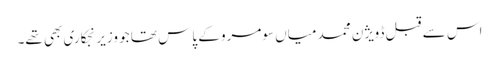
اس سے قبل ڈویژن محمد میاں سومرو کے پاس تھا جو وزیر نجکاری بھی تھے۔